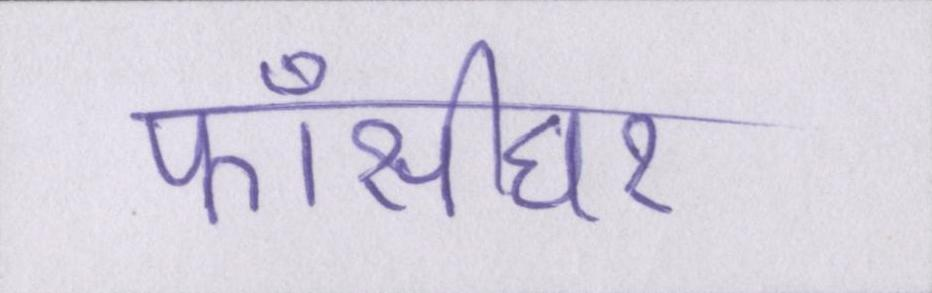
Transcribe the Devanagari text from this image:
फाँसीघर